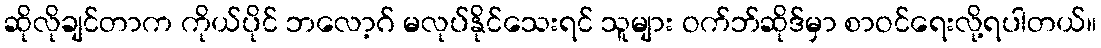
ဆိုလိုချင်တာက ကိုယ်ပိုင် ဘလော့ဂ် မလုပ်နိုင်သေးရင် သူများ ဝက်ဘ်ဆိုဒ်မှာ စာဝင်ရေးလို့ရပါတယ်။